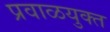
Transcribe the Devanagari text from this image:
प्रवाळयुक्त